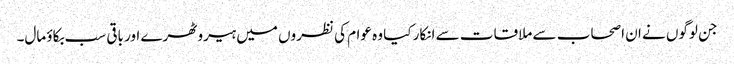
جن لوگوں نے ان اصحاب سے ملاقات سے انکار کیا وہ عوام کی نظروں میں ہیرو ٹھرے اور باقی سب بکاؤ مال۔